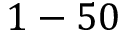
1 - 5 0